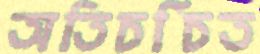
অতিচর্চিত